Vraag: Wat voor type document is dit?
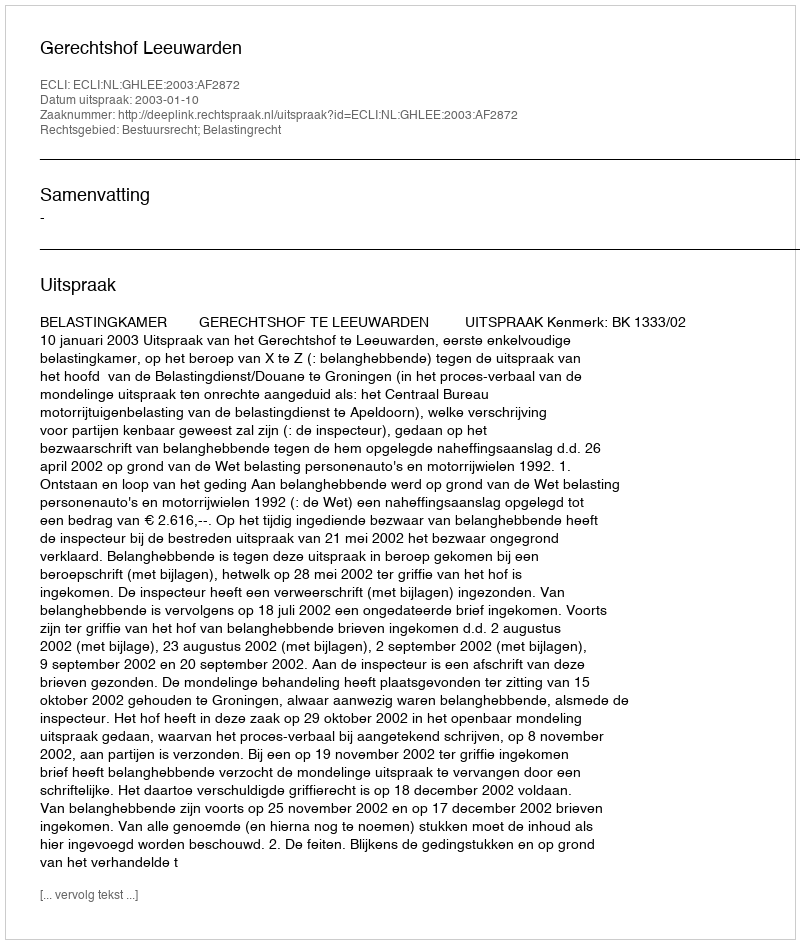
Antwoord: Uitspraak